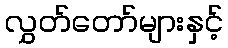
လွှတ်တော်များနှင့်